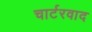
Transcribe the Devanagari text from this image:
चार्टरवाद